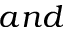
a n d